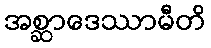
အစ္ဆာဒေဿာမီတိ